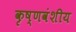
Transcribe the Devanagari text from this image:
कृष्णवंशीय